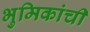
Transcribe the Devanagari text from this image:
भुमिकांची